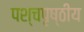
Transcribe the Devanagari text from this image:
पश्चपृष्ठीय